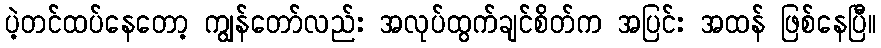
ပဲ့တင်ထပ်နေတော့ ကျွန်တော်လည်း အလုပ်ထွက်ချင်စိတ်က အပြင်း အထန် ဖြစ်နေပြီ။